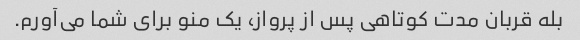
بله قربان مدت کوتاهی پس از پرواز، یک منو برای شما می‌آورم.